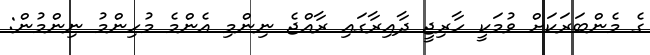
ގެ މެންބަރަކަށް ވުމަކީ ހާރިޖީ ދާއިރާގައި ރާއްޖެ ނިންމި އެންމެ މުހިންމު ނިންމުން: